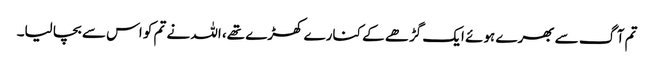
تم آگ سے بھرے ہوئے ایک گڑھے کے کنارے کھڑے تھے، اللہ نے تم کو اس سے بچا لیا۔